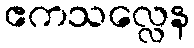
ဧကသလ္လေန